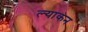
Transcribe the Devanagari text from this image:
ल्याकन